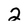
Character: 2